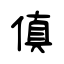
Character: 傎